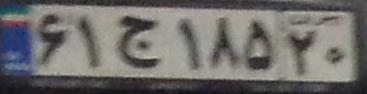
۶۱ج۱۸۵۲۰